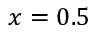
x = 0 . 5